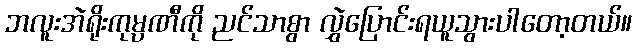
ဘလူးအဲရိုးကုမ္ပဏီကို ညင်သာစွာ လွှဲပြောင်းရယူသွားပါတော့တယ်။